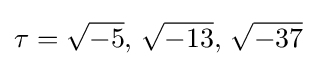
\tau ={\sqrt {-5}},\,{\sqrt {-13}},\,{\sqrt {-37}}